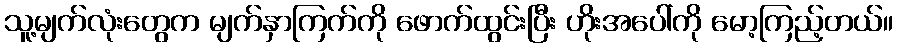
သူ့မျက်လုံးတွေက မျက်နှာကြက်ကို ဖောက်ထွင်းပြီး ဟိုးအပေါ်ကို မော့ကြည့်တယ်။